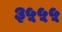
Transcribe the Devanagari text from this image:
३५५५